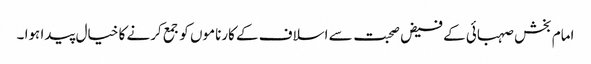
امام بخش صہبائی کے فیض صحبت سے اسلاف کے کارناموں کو جمع کرنے کا خیال پیدا ہوا ۔